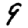
Digit: 9